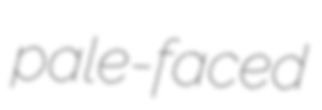
pale-faced